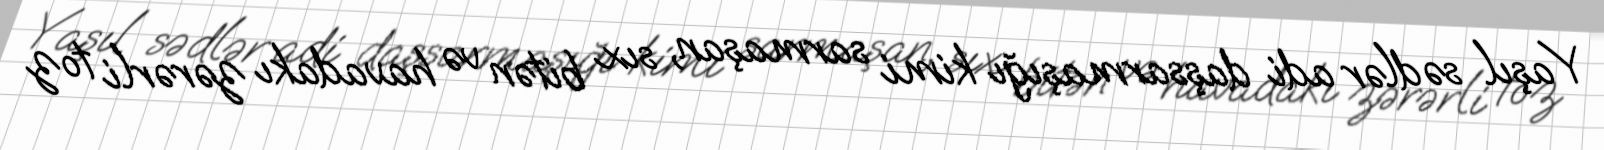
Yaşıl sədlər adi daşsarmaşığı kimi sarmaşan, sıx bitən və havadakı zərərli toz